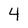
Character: 4